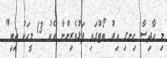
މި ހާދިސާ ހިނގި އިރު ބޯޓްގައި ފަޅުވެރިންނާ އެކު 13 މީހަކު ތިބި"